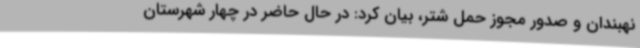
نهبندان و صدور مجوز حمل شتر، بیان کرد: در حال حاضر در چهار شهرستان